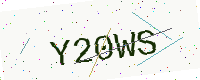
Text: Y20WS